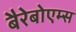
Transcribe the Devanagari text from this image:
बैरेबोएम्स